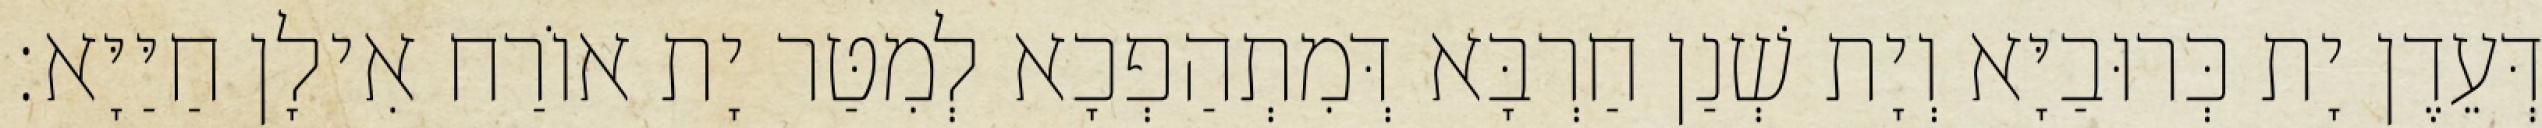
דְּעֵדֶן יָת כְּרוּבַיָּא וְיָת שְׁנַן חַרְבָּא דְּמִתְהַפְכָא לְמִטַּר יָת אוֹרַח אִילָן חַיַּיָּא׃